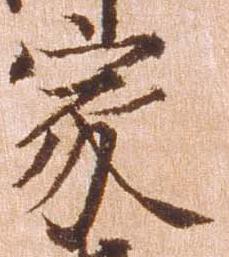
家